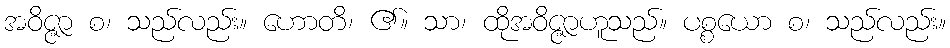
အဝိဇ္ဇာ စ၊ သည်လည်း။ ဟောတိ၊ ၏။ သာ၊ ထိုအဝိဇ္ဇာဟူသည်။ ပစ္စယော စ၊ သည်လည်း။